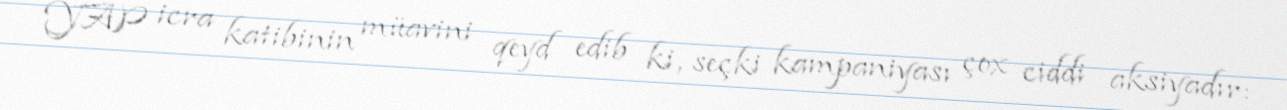
YAP icra katibinin müavini qeyd edib ki, seçki kampaniyası çox ciddi aksiyadır: